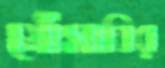
মৌসাবির